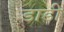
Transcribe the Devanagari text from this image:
डाडी